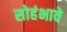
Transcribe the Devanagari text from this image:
सोहंभावे